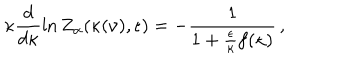
LaTeX: \kappa \frac { d } { d \kappa } \ln Z _ { \alpha } ( \kappa ( \nu ) , \epsilon ) = - \frac { 1 } { 1 + \frac { \epsilon } { \kappa } f ( \kappa ) } \, ,